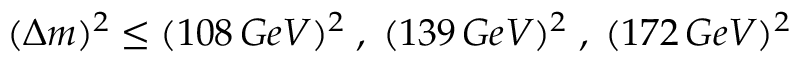
( \Delta m ) ^ { 2 } \leq ( 1 0 8 \, G e V ) ^ { 2 } \; , \; ( 1 3 9 \, G e V ) ^ { 2 } \; , \; ( 1 7 2 \, G e V ) ^ { 2 }